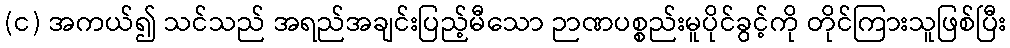
(င) အကယ်၍ သင်သည် အရည်အချင်းပြည့်မီသော ဉာဏပစ္စည်းမူပိုင်ခွင့်ကို တိုင်ကြားသူဖြစ်ပြီး